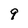
Character: 9